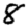
Digit: 8